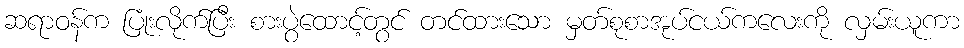
ဆရာဝန်က ပြုံးလိုက်ပြီး စားပွဲထောင့်တွင် တင်ထားသော မှတ်စုစာအုပ်ငယ်ကလေးကို လှမ်းယူကာ